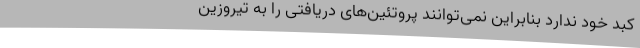
کبد خود ندارد بنابراین نمی‌توانند پروتئین‌های دریافتی را به تیروزین